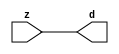

//------> ./rtl_mgc_ioport.v 
//------------------------------------------------------------------
//                M G C _ I O P O R T _ C O M P S
//------------------------------------------------------------------

//------------------------------------------------------------------
//                       M O D U L E S
//------------------------------------------------------------------

//------------------------------------------------------------------
//-- INPUT ENTITIES
//------------------------------------------------------------------

module mgc_in_wire (d, z);

  parameter integer rscid = 1;
  parameter integer width = 8;

  output [width-1:0] d;
  input  [width-1:0] z;

  wire   [width-1:0] d;

  assign d = z;

endmodule

//------------------------------------------------------------------

module mgc_in_wire_en (ld, d, lz, z);

  parameter integer rscid = 1;
  parameter integer width = 8;

  input              ld;
  output [width-1:0] d;
  output             lz;
  input  [width-1:0] z;

  wire   [width-1:0] d;
  wire               lz;

  assign d = z;
  assign lz = ld;

endmodule

//------------------------------------------------------------------

module mgc_in_wire_wait (ld, vd, d, lz, vz, z);

  parameter integer rscid = 1;
  parameter integer width = 8;

  input              ld;
  output             vd;
  output [width-1:0] d;
  output             lz;
  input              vz;
  input  [width-1:0] z;

  wire               vd;
  wire   [width-1:0] d;
  wire               lz;

  assign d = z;
  assign lz = ld;
  assign vd = vz;

endmodule
//------------------------------------------------------------------

module mgc_chan_in (ld, vd, d, lz, vz, z, size, req_size, sizez, sizelz);

  parameter integer rscid = 1;
  parameter integer width = 8;
  parameter integer sz_width = 8;

  input              ld;
  output             vd;
  output [width-1:0] d;
  output             lz;
  input              vz;
  input  [width-1:0] z;
  output [sz_width-1:0] size;
  input              req_size;
  input  [sz_width-1:0] sizez;
  output             sizelz;


  wire               vd;
  wire   [width-1:0] d;
  wire               lz;
  wire   [sz_width-1:0] size;
  wire               sizelz;

  assign d = z;
  assign lz = ld;
  assign vd = vz;
  assign size = sizez;
  assign sizelz = req_size;

endmodule


//------------------------------------------------------------------
//-- OUTPUT ENTITIES
//------------------------------------------------------------------

module mgc_out_stdreg (d, z);

  parameter integer rscid = 1;
  parameter integer width = 8;

  input    [width-1:0] d;
  output   [width-1:0] z;

  wire     [width-1:0] z;

  assign z = d;

endmodule

//------------------------------------------------------------------

module mgc_out_stdreg_en (ld, d, lz, z);

  parameter integer rscid = 1;
  parameter integer width = 8;

  input              ld;
  input  [width-1:0] d;
  output             lz;
  output [width-1:0] z;

  wire               lz;
  wire   [width-1:0] z;

  assign z = d;
  assign lz = ld;

endmodule

//------------------------------------------------------------------

module mgc_out_stdreg_wait (ld, vd, d, lz, vz, z);

  parameter integer rscid = 1;
  parameter integer width = 8;

  input              ld;
  output             vd;
  input  [width-1:0] d;
  output             lz;
  input              vz;
  output [width-1:0] z;

  wire               vd;
  wire               lz;
  wire   [width-1:0] z;

  assign z = d;
  assign lz = ld;
  assign vd = vz;

endmodule

//------------------------------------------------------------------

module mgc_out_prereg_en (ld, d, lz, z);

    parameter integer rscid = 1;
    parameter integer width = 8;

    input              ld;
    input  [width-1:0] d;
    output             lz;
    output [width-1:0] z;

    wire               lz;
    wire   [width-1:0] z;

    assign z = d;
    assign lz = ld;

endmodule

//------------------------------------------------------------------
//-- INOUT ENTITIES
//------------------------------------------------------------------

module mgc_inout_stdreg_en (ldin, din, ldout, dout, lzin, lzout, z);

    parameter integer rscid = 1;
    parameter integer width = 8;

    input              ldin;
    output [width-1:0] din;
    input              ldout;
    input  [width-1:0] dout;
    output             lzin;
    output             lzout;
    inout  [width-1:0] z;

    wire   [width-1:0] din;
    wire               lzin;
    wire               lzout;
    wire   [width-1:0] z;

    assign lzin = ldin;
    assign din = ldin ? z : {width{1'bz}};
    assign lzout = ldout;
    assign z = ldout ? dout : {width{1'bz}};

endmodule

//------------------------------------------------------------------
module hid_tribuf( I_SIG, ENABLE, O_SIG);
  parameter integer width = 8;

  input [width-1:0] I_SIG;
  input ENABLE;
  inout [width-1:0] O_SIG;

  assign O_SIG = (ENABLE) ? I_SIG : { width{1'bz}};

endmodule
//------------------------------------------------------------------

module mgc_inout_stdreg_wait (ldin, vdin, din, ldout, vdout, dout, lzin, vzin, lzout, vzout, z);

    parameter integer rscid = 1;
    parameter integer width = 8;

    input              ldin;
    output             vdin;
    output [width-1:0] din;
    input              ldout;
    output             vdout;
    input  [width-1:0] dout;
    output             lzin;
    input              vzin;
    output             lzout;
    input              vzout;
    inout  [width-1:0] z;

    wire               vdin;
    wire   [width-1:0] din;
    wire               vdout;
    wire               lzin;
    wire               lzout;
    wire   [width-1:0] z;
    wire   ldout_and_vzout;

    assign lzin = ldin;
    assign vdin = vzin;
    assign din = ldin ? z : {width{1'bz}};
    assign lzout = ldout;
    assign vdout = vzout ;
    assign ldout_and_vzout = ldout && vzout ;

    hid_tribuf #(width) tb( .I_SIG(dout),
                            .ENABLE(ldout_and_vzout),
                            .O_SIG(z) );

endmodule

//------------------------------------------------------------------

module mgc_inout_buf_wait (clk, en, arst, srst, ldin, vdin, din, ldout, vdout, dout, lzin, vzin, lzout, vzout, z);

    parameter integer rscid   = 0; // resource ID
    parameter integer width   = 8; // fifo width
    parameter         ph_clk  =  1'b1; // clock polarity 1=rising edge, 0=falling edge
    parameter         ph_en   =  1'b1; // clock enable polarity
    parameter         ph_arst =  1'b1; // async reset polarity
    parameter         ph_srst =  1'b1; // sync reset polarity

    input              clk;
    input              en;
    input              arst;
    input              srst;
    input              ldin;
    output             vdin;
    output [width-1:0] din;
    input              ldout;
    output             vdout;
    input  [width-1:0] dout;
    output             lzin;
    input              vzin;
    output             lzout;
    input              vzout;
    inout  [width-1:0] z;

    wire               lzout_buf;
    wire               vzout_buf;
    wire   [width-1:0] z_buf;
    wire               vdin;
    wire   [width-1:0] din;
    wire               vdout;
    wire               lzin;
    wire               lzout;
    wire   [width-1:0] z;

    assign lzin = ldin;
    assign vdin = vzin;
    assign din = ldin ? z : {width{1'bz}};
    assign lzout = lzout_buf & ~ldin;
    assign vzout_buf = vzout & ~ldin;
    hid_tribuf #(width) tb( .I_SIG(z_buf),
                            .ENABLE((lzout_buf && (!ldin) && vzout) ),
                            .O_SIG(z)  );

    mgc_out_buf_wait
    #(
        .rscid   (rscid),
        .width   (width),
        .ph_clk  (ph_clk),
        .ph_en   (ph_en),
        .ph_arst (ph_arst),
        .ph_srst (ph_srst)
    )
    BUFF
    (
        .clk     (clk),
        .en      (en),
        .arst    (arst),
        .srst    (srst),
        .ld      (ldout),
        .vd      (vdout),
        .d       (dout),
        .lz      (lzout_buf),
        .vz      (vzout_buf),
        .z       (z_buf)
    );


endmodule

module mgc_inout_fifo_wait (clk, en, arst, srst, ldin, vdin, din, ldout, vdout, dout, lzin, vzin, lzout, vzout, z);

    parameter integer rscid   = 0; // resource ID
    parameter integer width   = 8; // fifo width
    parameter integer fifo_sz = 8; // fifo depth
    parameter         ph_clk  = 1'b1;  // clock polarity 1=rising edge, 0=falling edge
    parameter         ph_en   = 1'b1;  // clock enable polarity
    parameter         ph_arst = 1'b1;  // async reset polarity
    parameter         ph_srst = 1'b1;  // sync reset polarity
    parameter integer ph_log2 = 3;     // log2(fifo_sz)
    parameter integer pwropt  = 0;     // pwropt

    input              clk;
    input              en;
    input              arst;
    input              srst;
    input              ldin;
    output             vdin;
    output [width-1:0] din;
    input              ldout;
    output             vdout;
    input  [width-1:0] dout;
    output             lzin;
    input              vzin;
    output             lzout;
    input              vzout;
    inout  [width-1:0] z;

    wire               lzout_buf;
    wire               vzout_buf;
    wire   [width-1:0] z_buf;
    wire               comb;
    wire               vdin;
    wire   [width-1:0] din;
    wire               vdout;
    wire               lzin;
    wire               lzout;
    wire   [width-1:0] z;

    assign lzin = ldin;
    assign vdin = vzin;
    assign din = ldin ? z : {width{1'bz}};
    assign lzout = lzout_buf & ~ldin;
    assign vzout_buf = vzout & ~ldin;
    assign comb = (lzout_buf && (!ldin) && vzout);

    hid_tribuf #(width) tb2( .I_SIG(z_buf), .ENABLE(comb), .O_SIG(z)  );

    mgc_out_fifo_wait
    #(
        .rscid   (rscid),
        .width   (width),
        .fifo_sz (fifo_sz),
        .ph_clk  (ph_clk),
        .ph_en   (ph_en),
        .ph_arst (ph_arst),
        .ph_srst (ph_srst),
        .ph_log2 (ph_log2),
        .pwropt  (pwropt)
    )
    FIFO
    (
        .clk   (clk),
        .en      (en),
        .arst    (arst),
        .srst    (srst),
        .ld      (ldout),
        .vd      (vdout),
        .d       (dout),
        .lz      (lzout_buf),
        .vz      (vzout_buf),
        .z       (z_buf)
    );

endmodule

//------------------------------------------------------------------
//-- I/O SYNCHRONIZATION ENTITIES
//------------------------------------------------------------------

module mgc_io_sync (ld, lz);

    input  ld;
    output lz;

    assign lz = ld;

endmodule

module mgc_bsync_rdy (rd, rz);

    parameter integer rscid   = 0; // resource ID
    parameter ready = 1;
    parameter valid = 0;

    input  rd;
    output rz;

    wire   rz;

    assign rz = rd;

endmodule

module mgc_bsync_vld (vd, vz);

    parameter integer rscid   = 0; // resource ID
    parameter ready = 0;
    parameter valid = 1;

    output vd;
    input  vz;

    wire   vd;

    assign vd = vz;

endmodule

module mgc_bsync_rv (rd, vd, rz, vz);

    parameter integer rscid   = 0; // resource ID
    parameter ready = 1;
    parameter valid = 1;

    input  rd;
    output vd;
    output rz;
    input  vz;

    wire   vd;
    wire   rz;

    assign rz = rd;
    assign vd = vz;

endmodule

//------------------------------------------------------------------

module mgc_sync (ldin, vdin, ldout, vdout);

  input  ldin;
  output vdin;
  input  ldout;
  output vdout;

  wire   vdin;
  wire   vdout;

  assign vdin = ldout;
  assign vdout = ldin;

endmodule

///////////////////////////////////////////////////////////////////////////////
// dummy function used to preserve funccalls for modulario
// it looks like a memory read to the caller
///////////////////////////////////////////////////////////////////////////////
module funccall_inout (d, ad, bd, z, az, bz);

  parameter integer ram_id = 1;
  parameter integer width = 8;
  parameter integer addr_width = 8;

  output [width-1:0]       d;
  input  [addr_width-1:0]  ad;
  input                    bd;
  input  [width-1:0]       z;
  output [addr_width-1:0]  az;
  output                   bz;

  wire   [width-1:0]       d;
  wire   [addr_width-1:0]  az;
  wire                     bz;

  assign d  = z;
  assign az = ad;
  assign bz = bd;

endmodule


///////////////////////////////////////////////////////////////////////////////
// inlinable modular io not otherwise found in mgc_ioport
///////////////////////////////////////////////////////////////////////////////

module modulario_en_in (vd, d, vz, z);

  parameter integer rscid = 1;
  parameter integer width = 8;

  output             vd;
  output [width-1:0] d;
  input              vz;
  input  [width-1:0] z;

  wire   [width-1:0] d;
  wire               vd;

  assign d = z;
  assign vd = vz;

endmodule

//------> ./rtl_mgc_ioport_v2001.v 
//------------------------------------------------------------------

module mgc_out_reg_pos (clk, en, arst, srst, ld, d, lz, z);

    parameter integer rscid   = 1;
    parameter integer width   = 8;
    parameter         ph_en   =  1'b1;
    parameter         ph_arst =  1'b1;
    parameter         ph_srst =  1'b1;

    input              clk;
    input              en;
    input              arst;
    input              srst;
    input              ld;
    input  [width-1:0] d;
    output             lz;
    output [width-1:0] z;

    reg                lz;
    reg    [width-1:0] z;

    generate
    if (ph_arst == 1'b0)
    begin: NEG_ARST
        always @(posedge clk or negedge arst)
        if (arst == 1'b0)
        begin: B1
            lz <= 1'b0;
            z  <= {width{1'b0}};
        end
        else if (srst == ph_srst)
        begin: B2
            lz <= 1'b0;
            z  <= {width{1'b0}};
        end
        else if (en == ph_en)
        begin: B3
            lz <= ld;
            z  <= (ld) ? d : z;
        end
    end
    else
    begin: POS_ARST
        always @(posedge clk or posedge arst)
        if (arst == 1'b1)
        begin: B1
            lz <= 1'b0;
            z  <= {width{1'b0}};
        end
        else if (srst == ph_srst)
        begin: B2
            lz <= 1'b0;
            z  <= {width{1'b0}};
        end
        else if (en == ph_en)
        begin: B3
            lz <= ld;
            z  <= (ld) ? d : z;
        end
    end
    endgenerate

endmodule

//------------------------------------------------------------------

module mgc_out_reg_neg (clk, en, arst, srst, ld, d, lz, z);

    parameter integer rscid   = 1;
    parameter integer width   = 8;
    parameter         ph_en   =  1'b1;
    parameter         ph_arst =  1'b1;
    parameter         ph_srst =  1'b1;

    input              clk;
    input              en;
    input              arst;
    input              srst;
    input              ld;
    input  [width-1:0] d;
    output             lz;
    output [width-1:0] z;

    reg                lz;
    reg    [width-1:0] z;

    generate
    if (ph_arst == 1'b0)
    begin: NEG_ARST
        always @(negedge clk or negedge arst)
        if (arst == 1'b0)
        begin: B1
            lz <= 1'b0;
            z  <= {width{1'b0}};
        end
        else if (srst == ph_srst)
        begin: B2
            lz <= 1'b0;
            z  <= {width{1'b0}};
        end
        else if (en == ph_en)
        begin: B3
            lz <= ld;
            z  <= (ld) ? d : z;
        end
    end
    else
    begin: POS_ARST
        always @(negedge clk or posedge arst)
        if (arst == 1'b1)
        begin: B1
            lz <= 1'b0;
            z  <= {width{1'b0}};
        end
        else if (srst == ph_srst)
        begin: B2
            lz <= 1'b0;
            z  <= {width{1'b0}};
        end
        else if (en == ph_en)
        begin: B3
            lz <= ld;
            z  <= (ld) ? d : z;
        end
    end
    endgenerate

endmodule

//------------------------------------------------------------------

module mgc_out_reg (clk, en, arst, srst, ld, d, lz, z); // Not Supported

    parameter integer rscid   = 1;
    parameter integer width   = 8;
    parameter         ph_clk  =  1'b1;
    parameter         ph_en   =  1'b1;
    parameter         ph_arst =  1'b1;
    parameter         ph_srst =  1'b1;

    input              clk;
    input              en;
    input              arst;
    input              srst;
    input              ld;
    input  [width-1:0] d;
    output             lz;
    output [width-1:0] z;


    generate
    if (ph_clk == 1'b0)
    begin: NEG_EDGE

        mgc_out_reg_neg
        #(
            .rscid   (rscid),
            .width   (width),
            .ph_en   (ph_en),
            .ph_arst (ph_arst),
            .ph_srst (ph_srst)
        )
        mgc_out_reg_neg_inst
        (
            .clk     (clk),
            .en      (en),
            .arst    (arst),
            .srst    (srst),
            .ld      (ld),
            .d       (d),
            .lz      (lz),
            .z       (z)
        );

    end
    else
    begin: POS_EDGE

        mgc_out_reg_pos
        #(
            .rscid   (rscid),
            .width   (width),
            .ph_en   (ph_en),
            .ph_arst (ph_arst),
            .ph_srst (ph_srst)
        )
        mgc_out_reg_pos_inst
        (
            .clk     (clk),
            .en      (en),
            .arst    (arst),
            .srst    (srst),
            .ld      (ld),
            .d       (d),
            .lz      (lz),
            .z       (z)
        );

    end
    endgenerate

endmodule




//------------------------------------------------------------------

module mgc_out_buf_wait (clk, en, arst, srst, ld, vd, d, vz, lz, z); // Not supported

    parameter integer rscid   = 1;
    parameter integer width   = 8;
    parameter         ph_clk  =  1'b1;
    parameter         ph_en   =  1'b1;
    parameter         ph_arst =  1'b1;
    parameter         ph_srst =  1'b1;

    input              clk;
    input              en;
    input              arst;
    input              srst;
    input              ld;
    output             vd;
    input  [width-1:0] d;
    output             lz;
    input              vz;
    output [width-1:0] z;

    wire               filled;
    wire               filled_next;
    wire   [width-1:0] abuf;
    wire               lbuf;


    assign filled_next = (filled & (~vz)) | (filled & ld) | (ld & (~vz));

    assign lbuf = ld & ~(filled ^ vz);

    assign vd = vz | ~filled;

    assign lz = ld | filled;

    assign z = (filled) ? abuf : d;

    wire dummy;
    wire dummy_bufreg_lz;

    // Output registers:
    mgc_out_reg
    #(
        .rscid   (rscid),
        .width   (1'b1),
        .ph_clk  (ph_clk),
        .ph_en   (ph_en),
        .ph_arst (ph_arst),
        .ph_srst (ph_srst)
    )
    STATREG
    (
        .clk     (clk),
        .en      (en),
        .arst    (arst),
        .srst    (srst),
        .ld      (filled_next),
        .d       (1'b0),       // input d is unused
        .lz      (filled),
        .z       (dummy)            // output z is unused
    );

    mgc_out_reg
    #(
        .rscid   (rscid),
        .width   (width),
        .ph_clk  (ph_clk),
        .ph_en   (ph_en),
        .ph_arst (ph_arst),
        .ph_srst (ph_srst)
    )
    BUFREG
    (
        .clk     (clk),
        .en      (en),
        .arst    (arst),
        .srst    (srst),
        .ld      (lbuf),
        .d       (d),
        .lz      (dummy_bufreg_lz),
        .z       (abuf)
    );

endmodule

//------------------------------------------------------------------

module mgc_out_fifo_wait (clk, en, arst, srst, ld, vd, d, lz, vz,  z);

    parameter integer rscid   = 0; // resource ID
    parameter integer width   = 8; // fifo width
    parameter integer fifo_sz = 8; // fifo depth
    parameter         ph_clk  = 1'b1; // clock polarity 1=rising edge, 0=falling edge
    parameter         ph_en   = 1'b1; // clock enable polarity
    parameter         ph_arst = 1'b1; // async reset polarity
    parameter         ph_srst = 1'b1; // sync reset polarity
    parameter integer ph_log2 = 3; // log2(fifo_sz)
    parameter integer pwropt  = 0; // pwropt


    input                 clk;
    input                 en;
    input                 arst;
    input                 srst;
    input                 ld;    // load data
    output                vd;    // fifo full active low
    input     [width-1:0] d;
    output                lz;    // fifo ready to send
    input                 vz;    // dest ready for data
    output    [width-1:0] z;

    wire    [31:0]      size;


      // Output registers:
 mgc_out_fifo_wait_core#(
        .rscid   (rscid),
        .width   (width),
        .sz_width (32),
        .fifo_sz (fifo_sz),
        .ph_clk  (ph_clk),
        .ph_en   (ph_en),
        .ph_arst (ph_arst),
        .ph_srst (ph_srst),
        .ph_log2 (ph_log2),
        .pwropt  (pwropt)
        ) CORE (
        .clk (clk),
        .en (en),
        .arst (arst),
        .srst (srst),
        .ld (ld),
        .vd (vd),
        .d (d),
        .lz (lz),
        .vz (vz),
        .z (z),
        .size (size)
        );

endmodule



module mgc_out_fifo_wait_core (clk, en, arst, srst, ld, vd, d, lz, vz,  z, size);

    parameter integer rscid   = 0; // resource ID
    parameter integer width   = 8; // fifo width
    parameter integer sz_width = 8; // size of port for elements in fifo
    parameter integer fifo_sz = 8; // fifo depth
    parameter         ph_clk  =  1'b1; // clock polarity 1=rising edge, 0=falling edge
    parameter         ph_en   =  1'b1; // clock enable polarity
    parameter         ph_arst =  1'b1; // async reset polarity
    parameter         ph_srst =  1'b1; // sync reset polarity
    parameter integer ph_log2 = 3; // log2(fifo_sz)
    parameter integer pwropt  = 0; // pwropt

   localparam integer  fifo_b = width * fifo_sz;

    input                 clk;
    input                 en;
    input                 arst;
    input                 srst;
    input                 ld;    // load data
    output                vd;    // fifo full active low
    input     [width-1:0] d;
    output                lz;    // fifo ready to send
    input                 vz;    // dest ready for data
    output    [width-1:0] z;
    output    [sz_width-1:0]      size;

    reg      [( (fifo_sz > 0) ? fifo_sz : 1)-1:0] stat_pre;
    wire     [( (fifo_sz > 0) ? fifo_sz : 1)-1:0] stat;
    reg      [( (fifo_b > 0) ? fifo_b : 1)-1:0] buff_pre;
    wire     [( (fifo_b > 0) ? fifo_b : 1)-1:0] buff;
    reg      [( (fifo_sz > 0) ? fifo_sz : 1)-1:0] en_l;
    reg      [(((fifo_sz > 0) ? fifo_sz : 1)-1)/8:0] en_l_s;

    reg       [width-1:0] buff_nxt;

    reg                   stat_nxt;
    reg                   stat_before;
    reg                   stat_after;
    reg                   en_l_var;

    integer               i;
    genvar                eni;

    wire [32:0]           size_t;
    reg [31:0]            count;
    reg [31:0]            count_t;
    reg [32:0]            n_elem;
// pragma translate_off
    reg [31:0]            peak;
// pragma translate_on

    wire [( (fifo_sz > 0) ? fifo_sz : 1)-1:0] dummy_statreg_lz;
    wire [( (fifo_b > 0) ? fifo_b : 1)-1:0] dummy_bufreg_lz;

    generate
    if ( fifo_sz > 0 )
    begin: FIFO_REG
      assign vd = vz | ~stat[0];
      assign lz = ld | stat[fifo_sz-1];
      assign size_t = (count - (vz && stat[fifo_sz-1])) + ld;
      assign size = size_t[sz_width-1:0];
      assign z = (stat[fifo_sz-1]) ? buff[fifo_b-1:width*(fifo_sz-1)] : d;

      always @(*)
      begin: FIFOPROC
        n_elem = 33'b0;
        for (i = fifo_sz-1; i >= 0; i = i - 1)
        begin
          if (i != 0)
            stat_before = stat[i-1];
          else
            stat_before = 1'b0;

          if (i != (fifo_sz-1))
            stat_after = stat[i+1];
          else
            stat_after = 1'b1;

          stat_nxt = stat_after &
                    (stat_before | (stat[i] & (~vz)) | (stat[i] & ld) | (ld & (~vz)));

          stat_pre[i] = stat_nxt;
          en_l_var = 1'b1;
          if (!stat_nxt)
            begin
              buff_nxt = {width{1'b0}};
              en_l_var = 1'b0;
            end
          else if (vz && stat_before)
            buff_nxt[0+:width] = buff[width*(i-1)+:width];
          else if (ld && !((vz && stat_before) || ((!vz) && stat[i])))
            buff_nxt = d;
          else
            begin
              if (pwropt == 0)
                buff_nxt[0+:width] = buff[width*i+:width];
              else
                buff_nxt = {width{1'b0}};
              en_l_var = 1'b0;
            end

          if (ph_en != 0)
            en_l[i] = en & en_l_var;
          else
            en_l[i] = en | ~en_l_var;

          buff_pre[width*i+:width] = buff_nxt[0+:width];

          if ((stat_after == 1'b1) && (stat[i] == 1'b0))
            n_elem = ($unsigned(fifo_sz) - 1) - i;
        end

        if (ph_en != 0)
          en_l_s[(((fifo_sz > 0) ? fifo_sz : 1)-1)/8] = 1'b1;
        else
          en_l_s[(((fifo_sz > 0) ? fifo_sz : 1)-1)/8] = 1'b0;

        for (i = fifo_sz-1; i >= 7; i = i - 1)
        begin
          if ((i%'d2) == 0)
          begin
            if (ph_en != 0)
              en_l_s[(i/8)-1] = en & (stat[i]|stat_pre[i-1]);
            else
              en_l_s[(i/8)-1] = en | ~(stat[i]|stat_pre[i-1]);
          end
        end

        if ( stat[fifo_sz-1] == 1'b0 )
          count_t = 32'b0;
        else if ( stat[0] == 1'b1 )
          count_t = { {(32-ph_log2){1'b0}}, fifo_sz};
        else
          count_t = n_elem[31:0];
        count = count_t;
// pragma translate_off
        if ( peak < count )
          peak = count;
// pragma translate_on
      end

      if (pwropt == 0)
      begin: NOCGFIFO
        // Output registers:
        mgc_out_reg
        #(
            .rscid   (rscid),
            .width   (fifo_sz),
            .ph_clk  (ph_clk),
            .ph_en   (ph_en),
            .ph_arst (ph_arst),
            .ph_srst (ph_srst)
        )
        STATREG
        (
            .clk     (clk),
            .en      (en),
            .arst    (arst),
            .srst    (srst),
            .ld      (1'b1),
            .d       (stat_pre),
            .lz      (dummy_statreg_lz[0]),
            .z       (stat)
        );
        mgc_out_reg
        #(
            .rscid   (rscid),
            .width   (fifo_b),
            .ph_clk  (ph_clk),
            .ph_en   (ph_en),
            .ph_arst (ph_arst),
            .ph_srst (ph_srst)
        )
        BUFREG
        (
            .clk     (clk),
            .en      (en),
            .arst    (arst),
            .srst    (srst),
            .ld      (1'b1),
            .d       (buff_pre),
            .lz      (dummy_bufreg_lz[0]),
            .z       (buff)
        );
      end
      else
      begin: CGFIFO
        // Output registers:
        if ( pwropt > 1)
        begin: CGSTATFIFO2
          for (eni = fifo_sz-1; eni >= 0; eni = eni - 1)
          begin: pwroptGEN1
            mgc_out_reg
            #(
              .rscid   (rscid),
              .width   (1),
              .ph_clk  (ph_clk),
              .ph_en   (ph_en),
              .ph_arst (ph_arst),
              .ph_srst (ph_srst)
            )
            STATREG
            (
              .clk     (clk),
              .en      (en_l_s[eni/8]),
              .arst    (arst),
              .srst    (srst),
              .ld      (1'b1),
              .d       (stat_pre[eni]),
              .lz      (dummy_statreg_lz[eni]),
              .z       (stat[eni])
            );
          end
        end
        else
        begin: CGSTATFIFO
          mgc_out_reg
          #(
            .rscid   (rscid),
            .width   (fifo_sz),
            .ph_clk  (ph_clk),
            .ph_en   (ph_en),
            .ph_arst (ph_arst),
            .ph_srst (ph_srst)
          )
          STATREG
          (
            .clk     (clk),
            .en      (en),
            .arst    (arst),
            .srst    (srst),
            .ld      (1'b1),
            .d       (stat_pre),
            .lz      (dummy_statreg_lz[0]),
            .z       (stat)
          );
        end
        for (eni = fifo_sz-1; eni >= 0; eni = eni - 1)
        begin: pwroptGEN2
          mgc_out_reg
          #(
            .rscid   (rscid),
            .width   (width),
            .ph_clk  (ph_clk),
            .ph_en   (ph_en),
            .ph_arst (ph_arst),
            .ph_srst (ph_srst)
          )
          BUFREG
          (
            .clk     (clk),
            .en      (en_l[eni]),
            .arst    (arst),
            .srst    (srst),
            .ld      (1'b1),
            .d       (buff_pre[width*eni+:width]),
            .lz      (dummy_bufreg_lz[eni]),
            .z       (buff[width*eni+:width])
          );
        end
      end
    end
    else
    begin: FEED_THRU
      assign vd = vz;
      assign lz = ld;
      assign z = d;
      assign size = ld && !vz;
    end
    endgenerate

endmodule

//------------------------------------------------------------------
//-- PIPE ENTITIES
//------------------------------------------------------------------
/*
 *
 *             _______________________________________________
 * WRITER    |                                               |          READER
 *           |           MGC_PIPE                            |
 *           |           __________________________          |
 *        --<| vdout  --<| vd ---------------  vz<|-----ldin<|---
 *           |           |      FIFO              |          |
 *        ---|>ldout  ---|>ld ---------------- lz |> ---vdin |>--
 *        ---|>dout -----|>d  ---------------- dz |> ----din |>--
 *           |           |________________________|          |
 *           |_______________________________________________|
 */
// two clock pipe
module mgc_pipe (clk, en, arst, srst, ldin, vdin, din, ldout, vdout, dout, size, req_size);

    parameter integer rscid   = 0; // resource ID
    parameter integer width   = 8; // fifo width
    parameter integer sz_width = 8; // width of size of elements in fifo
    parameter integer fifo_sz = 8; // fifo depth
    parameter integer log2_sz = 3; // log2(fifo_sz)
    parameter         ph_clk  = 1'b1;  // clock polarity 1=rising edge, 0=falling edge
    parameter         ph_en   = 1'b1;  // clock enable polarity
    parameter         ph_arst = 1'b1;  // async reset polarity
    parameter         ph_srst = 1'b1;  // sync reset polarity
    parameter integer pwropt  = 0; // pwropt

    input              clk;
    input              en;
    input              arst;
    input              srst;
    input              ldin;
    output             vdin;
    output [width-1:0] din;
    input              ldout;
    output             vdout;
    input  [width-1:0] dout;
    output [sz_width-1:0]      size;
    input              req_size;


    mgc_out_fifo_wait_core
    #(
        .rscid    (rscid),
        .width    (width),
        .sz_width (sz_width),
        .fifo_sz  (fifo_sz),
        .ph_clk   (ph_clk),
        .ph_en    (ph_en),
        .ph_arst  (ph_arst),
        .ph_srst  (ph_srst),
        .ph_log2  (log2_sz),
        .pwropt   (pwropt)
    )
    FIFO
    (
        .clk     (clk),
        .en      (en),
        .arst    (arst),
        .srst    (srst),
        .ld      (ldout),
        .vd      (vdout),
        .d       (dout),
        .lz      (vdin),
        .vz      (ldin),
        .z       (din),
        .size    (size)
    );

endmodule


//------> ./rtl.v 
// ----------------------------------------------------------------------
//  HLS HDL:        Verilog Netlister
//  HLS Version:    2011a.126 Production Release
//  HLS Date:       Wed Aug  8 00:52:07 PDT 2012
// 
//  Generated by:   mg3115@EEWS104A-013
//  Generated date: Tue Mar 08 13:49:49 2016
// ----------------------------------------------------------------------

// 
// ------------------------------------------------------------------
//  Design Unit:    sobel_core
// ------------------------------------------------------------------


module sobel_core (
  clk, en, arst_n, vin_rsc_mgc_in_wire_d, vout_rsc_mgc_out_stdreg_d
);
  input clk;
  input en;
  input arst_n;
  input [89:0] vin_rsc_mgc_in_wire_d;
  output [29:0] vout_rsc_mgc_out_stdreg_d;


  // Interconnect Declarations
  reg [89:0] regs_regs_1_sva;
  reg [9:0] ACC1_slc_regs_regs_2_itm;
  reg [9:0] ACC1_slc_regs_regs_2_9_itm;
  reg [9:0] ACC1_slc_regs_regs_2_10_itm;
  reg [9:0] ACC1_slc_regs_regs_2_11_itm;
  reg [9:0] ACC1_slc_regs_regs_2_12_itm;
  reg [9:0] ACC1_slc_regs_regs_2_13_itm;
  reg [9:0] ACC1_slc_regs_regs_2_14_itm;
  reg [9:0] ACC1_slc_regs_regs_2_15_itm;
  reg [9:0] ACC1_slc_regs_regs_2_16_itm;
  reg [9:0] reg_vout_rsc_mgc_out_stdreg_d_tmp;
  wire [11:0] nl_reg_vout_rsc_mgc_out_stdreg_d_tmp;
  reg [3:0] reg_vout_rsc_mgc_out_stdreg_d_tmp_1;
  reg [4:0] reg_vout_rsc_mgc_out_stdreg_d_tmp_2;
  reg reg_vout_rsc_mgc_out_stdreg_d_tmp_3;
  reg [8:0] reg_vout_rsc_mgc_out_stdreg_d_tmp_4;
  reg reg_vout_rsc_mgc_out_stdreg_d_tmp_5;
  wire [12:0] ACC1_acc_psp_sva;
  wire [13:0] nl_ACC1_acc_psp_sva;
  wire [6:0] FRAME_acc_41_sdt;
  wire [7:0] nl_FRAME_acc_41_sdt;
  wire [11:0] FRAME_acc_psp;
  wire [12:0] nl_FRAME_acc_psp;
  wire [11:0] FRAME_acc_24_sdt;
  wire [12:0] nl_FRAME_acc_24_sdt;
  wire [11:0] FRAME_acc_61_psp;
  wire [12:0] nl_FRAME_acc_61_psp;
  wire [11:0] FRAME_acc_37_sdt;
  wire [12:0] nl_FRAME_acc_37_sdt;
  wire [4:0] FRAME_acc_47_psp;
  wire [5:0] nl_FRAME_acc_47_psp;
  wire [5:0] FRAME_acc_13_sdt;
  wire [6:0] nl_FRAME_acc_13_sdt;
  wire [12:0] ACC1_acc_43_psp_sva;
  wire [13:0] nl_ACC1_acc_43_psp_sva;
  wire [4:0] FRAME_acc_55_psp;
  wire [5:0] nl_FRAME_acc_55_psp;
  wire [5:0] FRAME_acc_31_sdt;
  wire [6:0] nl_FRAME_acc_31_sdt;
  wire [12:0] ACC1_acc_42_psp_sva;
  wire [13:0] nl_ACC1_acc_42_psp_sva;
  wire [4:0] FRAME_acc_49_psp;
  wire [5:0] nl_FRAME_acc_49_psp;
  wire [5:0] FRAME_acc_18_sdt;
  wire [6:0] nl_FRAME_acc_18_sdt;


  // Interconnect Declarations for Component Instantiations 
  assign vout_rsc_mgc_out_stdreg_d = {reg_vout_rsc_mgc_out_stdreg_d_tmp , reg_vout_rsc_mgc_out_stdreg_d_tmp_1
      , reg_vout_rsc_mgc_out_stdreg_d_tmp_2 , reg_vout_rsc_mgc_out_stdreg_d_tmp_3
      , reg_vout_rsc_mgc_out_stdreg_d_tmp_4 , reg_vout_rsc_mgc_out_stdreg_d_tmp_5};
  assign nl_ACC1_acc_psp_sva = conv_s2s_12_13(readslicef_13_12_1((conv_s2s_12_13({(readslicef_12_11_1((conv_s2s_11_12({ACC1_slc_regs_regs_2_itm
      , 1'b1}) + conv_s2s_11_12({ACC1_slc_regs_regs_2_9_itm , 1'b1})))) , 1'b1})
      + conv_s2s_12_13({(readslicef_12_11_1((conv_s2s_11_12({(~ (vin_rsc_mgc_in_wire_d[29:20]))
      , 1'b1}) + conv_s2s_11_12({(~ (vin_rsc_mgc_in_wire_d[89:80])) , 1'b1})))) ,
      1'b1})))) + conv_s2s_12_13({(conv_s2u_10_11(ACC1_slc_regs_regs_2_10_itm) +
      conv_s2u_10_11(~ (vin_rsc_mgc_in_wire_d[59:50]))) , 1'b1});
  assign ACC1_acc_psp_sva = nl_ACC1_acc_psp_sva[12:0];
  assign nl_FRAME_acc_41_sdt = conv_s2s_5_7(readslicef_6_5_1((conv_s2s_5_6({1'b1
      , (~ (ACC1_acc_psp_sva[8:6])) , 1'b1}) + conv_s2s_4_6({(FRAME_acc_47_psp[4:2])
      , (~ (readslicef_5_1_4((({1'b1 , (FRAME_acc_47_psp[1:0]) , (FRAME_acc_13_sdt[0])
      , 1'b1}) + conv_u2s_4_5({(~ (FRAME_acc_47_psp[4:2])) , (~ (FRAME_acc_47_psp[4]))})))))}))))
      + conv_u2s_5_7(signext_5_3({(ACC1_acc_psp_sva[12]) , (ACC1_acc_psp_sva[12])
      , (FRAME_acc_47_psp[4])}));
  assign FRAME_acc_41_sdt = nl_FRAME_acc_41_sdt[6:0];
  assign nl_FRAME_acc_psp = ({(conv_u2u_3_4(signext_3_1(ACC1_acc_42_psp_sva[12]))
      + conv_u2u_2_4(signext_2_1(ACC1_acc_42_psp_sva[12]))) , (ACC1_acc_42_psp_sva[12])
      , 1'b0 , (conv_u2u_2_4(signext_2_1(ACC1_acc_42_psp_sva[12])) + conv_u2u_3_4({(ACC1_acc_42_psp_sva[12])
      , (ACC1_acc_42_psp_sva[12]) , (ACC1_acc_42_psp_sva[12])})) , (ACC1_acc_42_psp_sva[12])
      , (ACC1_acc_42_psp_sva[12])}) + conv_s2u_11_12(FRAME_acc_24_sdt[11:1]);
  assign FRAME_acc_psp = nl_FRAME_acc_psp[11:0];
  assign nl_FRAME_acc_24_sdt = conv_u2s_11_13(conv_u2s_22_12(conv_u2u_2_11(signext_2_1(ACC1_acc_42_psp_sva[12]))
      * 11'b111000111)) + conv_s2s_10_12(conv_u2s_9_11(conv_u2s_18_10(conv_u2u_3_9(ACC1_acc_42_psp_sva[11:9])
      * 9'b111001)) + conv_s2s_8_10(conv_u2s_6_8(ACC1_acc_42_psp_sva[8:3]) + conv_s2s_5_8((conv_u2u_4_5(conv_u2u_3_4({(~
      (FRAME_acc_49_psp[4])) , 1'b1 , (~ (readslicef_5_1_4((({1'b1 , (FRAME_acc_49_psp[1:0])
      , (FRAME_acc_18_sdt[0]) , 1'b1}) + conv_u2s_4_5({(~ (FRAME_acc_49_psp[4:2]))
      , (~ (FRAME_acc_49_psp[4]))})))))}) + conv_u2u_2_4(FRAME_acc_49_psp[3:2]))
      + conv_u2u_3_5(~ (ACC1_acc_42_psp_sva[8:6]))) + ({4'b1001 , (FRAME_acc_49_psp[4])}))));
  assign FRAME_acc_24_sdt = nl_FRAME_acc_24_sdt[11:0];
  assign nl_FRAME_acc_61_psp = ({(conv_u2u_3_4(signext_3_1(ACC1_acc_43_psp_sva[12]))
      + conv_u2u_2_4(signext_2_1(ACC1_acc_43_psp_sva[12]))) , (ACC1_acc_43_psp_sva[12])
      , 1'b0 , (conv_u2u_2_4(signext_2_1(ACC1_acc_43_psp_sva[12])) + conv_u2u_3_4({(ACC1_acc_43_psp_sva[12])
      , (ACC1_acc_43_psp_sva[12]) , (ACC1_acc_43_psp_sva[12])})) , (ACC1_acc_43_psp_sva[12])
      , (ACC1_acc_43_psp_sva[12])}) + conv_s2u_11_12(FRAME_acc_37_sdt[11:1]);
  assign FRAME_acc_61_psp = nl_FRAME_acc_61_psp[11:0];
  assign nl_FRAME_acc_37_sdt = conv_u2s_11_13(conv_u2s_22_12(conv_u2u_2_11(signext_2_1(ACC1_acc_43_psp_sva[12]))
      * 11'b111000111)) + conv_s2s_10_12(conv_u2s_9_11(conv_u2s_18_10(conv_u2u_3_9(ACC1_acc_43_psp_sva[11:9])
      * 9'b111001)) + conv_s2s_8_10(conv_u2s_6_8(ACC1_acc_43_psp_sva[8:3]) + conv_s2s_5_8((conv_u2u_4_5(conv_u2u_3_4({(~
      (FRAME_acc_55_psp[4])) , 1'b1 , (~ (readslicef_5_1_4((({1'b1 , (FRAME_acc_55_psp[1:0])
      , (FRAME_acc_31_sdt[0]) , 1'b1}) + conv_u2s_4_5({(~ (FRAME_acc_55_psp[4:2]))
      , (~ (FRAME_acc_55_psp[4]))})))))}) + conv_u2u_2_4(FRAME_acc_55_psp[3:2]))
      + conv_u2u_3_5(~ (ACC1_acc_43_psp_sva[8:6]))) + ({4'b1001 , (FRAME_acc_55_psp[4])}))));
  assign FRAME_acc_37_sdt = nl_FRAME_acc_37_sdt[11:0];
  assign nl_FRAME_acc_47_psp = (FRAME_acc_13_sdt[5:1]) + 5'b10101;
  assign FRAME_acc_47_psp = nl_FRAME_acc_47_psp[4:0];
  assign nl_FRAME_acc_13_sdt = conv_u2u_5_6(conv_u2u_4_5(conv_u2u_3_4(ACC1_acc_psp_sva[8:6])
      + conv_u2u_3_4(~ (ACC1_acc_psp_sva[11:9]))) + conv_u2u_4_5({(~ (ACC1_acc_psp_sva[12]))
      , (~ (ACC1_acc_psp_sva[5:3]))})) + conv_u2u_4_6(conv_u2u_3_4({(ACC1_acc_psp_sva[12])
      , 1'b0 , (ACC1_acc_psp_sva[12])}) + conv_u2u_3_4(ACC1_acc_psp_sva[2:0]));
  assign FRAME_acc_13_sdt = nl_FRAME_acc_13_sdt[5:0];
  assign nl_ACC1_acc_43_psp_sva = conv_s2s_12_13(readslicef_13_12_1((conv_s2s_12_13({(readslicef_12_11_1((conv_s2s_11_12({ACC1_slc_regs_regs_2_14_itm
      , 1'b1}) + conv_s2s_11_12({ACC1_slc_regs_regs_2_15_itm , 1'b1})))) , 1'b1})
      + conv_s2s_12_13({(readslicef_12_11_1((conv_s2s_11_12({(~ (vin_rsc_mgc_in_wire_d[9:0]))
      , 1'b1}) + conv_s2s_11_12({(~ (vin_rsc_mgc_in_wire_d[69:60])) , 1'b1})))) ,
      1'b1})))) + conv_s2s_12_13({(conv_s2u_10_11(ACC1_slc_regs_regs_2_16_itm) +
      conv_s2u_10_11(~ (vin_rsc_mgc_in_wire_d[39:30]))) , 1'b1});
  assign ACC1_acc_43_psp_sva = nl_ACC1_acc_43_psp_sva[12:0];
  assign nl_FRAME_acc_55_psp = (FRAME_acc_31_sdt[5:1]) + 5'b10101;
  assign FRAME_acc_55_psp = nl_FRAME_acc_55_psp[4:0];
  assign nl_FRAME_acc_31_sdt = conv_u2u_5_6(conv_u2u_4_5(conv_u2u_3_4(ACC1_acc_43_psp_sva[8:6])
      + conv_u2u_3_4(~ (ACC1_acc_43_psp_sva[11:9]))) + conv_u2u_4_5({(~ (ACC1_acc_43_psp_sva[12]))
      , (~ (ACC1_acc_43_psp_sva[5:3]))})) + conv_u2u_4_6(conv_u2u_3_4({(ACC1_acc_43_psp_sva[12])
      , 1'b0 , (ACC1_acc_43_psp_sva[12])}) + conv_u2u_3_4(ACC1_acc_43_psp_sva[2:0]));
  assign FRAME_acc_31_sdt = nl_FRAME_acc_31_sdt[5:0];
  assign nl_ACC1_acc_42_psp_sva = conv_s2s_12_13(readslicef_13_12_1((conv_s2s_12_13({(readslicef_12_11_1((conv_s2s_11_12({ACC1_slc_regs_regs_2_11_itm
      , 1'b1}) + conv_s2s_11_12({ACC1_slc_regs_regs_2_12_itm , 1'b1})))) , 1'b1})
      + conv_s2s_12_13({(readslicef_12_11_1((conv_s2s_11_12({(~ (vin_rsc_mgc_in_wire_d[19:10]))
      , 1'b1}) + conv_s2s_11_12({(~ (vin_rsc_mgc_in_wire_d[79:70])) , 1'b1})))) ,
      1'b1})))) + conv_s2s_12_13({(conv_s2u_10_11(ACC1_slc_regs_regs_2_13_itm) +
      conv_s2u_10_11(~ (vin_rsc_mgc_in_wire_d[49:40]))) , 1'b1});
  assign ACC1_acc_42_psp_sva = nl_ACC1_acc_42_psp_sva[12:0];
  assign nl_FRAME_acc_49_psp = (FRAME_acc_18_sdt[5:1]) + 5'b10101;
  assign FRAME_acc_49_psp = nl_FRAME_acc_49_psp[4:0];
  assign nl_FRAME_acc_18_sdt = conv_u2u_5_6(conv_u2u_4_5(conv_u2u_3_4(ACC1_acc_42_psp_sva[8:6])
      + conv_u2u_3_4(~ (ACC1_acc_42_psp_sva[11:9]))) + conv_u2u_4_5({(~ (ACC1_acc_42_psp_sva[12]))
      , (~ (ACC1_acc_42_psp_sva[5:3]))})) + conv_u2u_4_6(conv_u2u_3_4({(ACC1_acc_42_psp_sva[12])
      , 1'b0 , (ACC1_acc_42_psp_sva[12])}) + conv_u2u_3_4(ACC1_acc_42_psp_sva[2:0]));
  assign FRAME_acc_18_sdt = nl_FRAME_acc_18_sdt[5:0];
  always @(posedge clk or negedge arst_n) begin
    if ( ~ arst_n ) begin
      ACC1_slc_regs_regs_2_14_itm <= 10'b0;
      ACC1_slc_regs_regs_2_15_itm <= 10'b0;
      ACC1_slc_regs_regs_2_16_itm <= 10'b0;
      ACC1_slc_regs_regs_2_11_itm <= 10'b0;
      ACC1_slc_regs_regs_2_12_itm <= 10'b0;
      ACC1_slc_regs_regs_2_13_itm <= 10'b0;
      ACC1_slc_regs_regs_2_itm <= 10'b0;
      ACC1_slc_regs_regs_2_9_itm <= 10'b0;
      ACC1_slc_regs_regs_2_10_itm <= 10'b0;
      regs_regs_1_sva <= 90'b0;
      reg_vout_rsc_mgc_out_stdreg_d_tmp <= 10'b0;
      reg_vout_rsc_mgc_out_stdreg_d_tmp_1 <= 4'b0;
      reg_vout_rsc_mgc_out_stdreg_d_tmp_2 <= 5'b0;
      reg_vout_rsc_mgc_out_stdreg_d_tmp_3 <= 1'b0;
      reg_vout_rsc_mgc_out_stdreg_d_tmp_4 <= 9'b0;
      reg_vout_rsc_mgc_out_stdreg_d_tmp_5 <= 1'b0;
    end
    else begin
      if ( en ) begin
        ACC1_slc_regs_regs_2_14_itm <= regs_regs_1_sva[9:0];
        ACC1_slc_regs_regs_2_15_itm <= regs_regs_1_sva[69:60];
        ACC1_slc_regs_regs_2_16_itm <= regs_regs_1_sva[39:30];
        ACC1_slc_regs_regs_2_11_itm <= regs_regs_1_sva[19:10];
        ACC1_slc_regs_regs_2_12_itm <= regs_regs_1_sva[79:70];
        ACC1_slc_regs_regs_2_13_itm <= regs_regs_1_sva[49:40];
        ACC1_slc_regs_regs_2_itm <= regs_regs_1_sva[29:20];
        ACC1_slc_regs_regs_2_9_itm <= regs_regs_1_sva[89:80];
        ACC1_slc_regs_regs_2_10_itm <= regs_regs_1_sva[59:50];
        regs_regs_1_sva <= vin_rsc_mgc_in_wire_d;
        reg_vout_rsc_mgc_out_stdreg_d_tmp <= ((conv_u2u_20_10(conv_u2u_2_10(signext_2_1(ACC1_acc_psp_sva[12]))
            * 10'b111000111) + conv_u2u_9_10(conv_u2u_18_9(conv_u2u_3_9(ACC1_acc_psp_sva[11:9])
            * 9'b111001))) + (conv_u2s_9_10({(ACC1_acc_psp_sva[12]) , 2'b0 , (signext_6_4({(ACC1_acc_psp_sva[12])
            , (ACC1_acc_psp_sva[5:3])}))}) + conv_s2s_8_10({(conv_s2u_4_5(FRAME_acc_41_sdt[6:3])
            + conv_u2u_3_5(ACC1_acc_psp_sva[8:6])) , (FRAME_acc_41_sdt[2:0])})))
            | ({7'b0 , (FRAME_acc_psp[11:9])});
        reg_vout_rsc_mgc_out_stdreg_d_tmp_1 <= FRAME_acc_psp[8:5];
        reg_vout_rsc_mgc_out_stdreg_d_tmp_2 <= (FRAME_acc_psp[4:0]) | ({3'b0 , (FRAME_acc_61_psp[11:10])});
        reg_vout_rsc_mgc_out_stdreg_d_tmp_3 <= (FRAME_acc_24_sdt[0]) | (FRAME_acc_61_psp[9]);
        reg_vout_rsc_mgc_out_stdreg_d_tmp_4 <= FRAME_acc_61_psp[8:0];
        reg_vout_rsc_mgc_out_stdreg_d_tmp_5 <= FRAME_acc_37_sdt[0];
      end
    end
  end

  function [11:0] readslicef_13_12_1;
    input [12:0] vector;
    reg [12:0] tmp;
  begin
    tmp = vector >> 1;
    readslicef_13_12_1 = tmp[11:0];
  end
  endfunction


  function [10:0] readslicef_12_11_1;
    input [11:0] vector;
    reg [11:0] tmp;
  begin
    tmp = vector >> 1;
    readslicef_12_11_1 = tmp[10:0];
  end
  endfunction


  function [4:0] readslicef_6_5_1;
    input [5:0] vector;
    reg [5:0] tmp;
  begin
    tmp = vector >> 1;
    readslicef_6_5_1 = tmp[4:0];
  end
  endfunction


  function [0:0] readslicef_5_1_4;
    input [4:0] vector;
    reg [4:0] tmp;
  begin
    tmp = vector >> 4;
    readslicef_5_1_4 = tmp[0:0];
  end
  endfunction


  function [4:0] signext_5_3;
    input [2:0] vector;
  begin
    signext_5_3= {{2{vector[2]}}, vector};
  end
  endfunction


  function [2:0] signext_3_1;
    input [0:0] vector;
  begin
    signext_3_1= {{2{vector[0]}}, vector};
  end
  endfunction


  function [1:0] signext_2_1;
    input [0:0] vector;
  begin
    signext_2_1= {{1{vector[0]}}, vector};
  end
  endfunction


  function [5:0] signext_6_4;
    input [3:0] vector;
  begin
    signext_6_4= {{2{vector[3]}}, vector};
  end
  endfunction


  function signed [12:0] conv_s2s_12_13 ;
    input signed [11:0]  vector ;
  begin
    conv_s2s_12_13 = {vector[11], vector};
  end
  endfunction


  function signed [11:0] conv_s2s_11_12 ;
    input signed [10:0]  vector ;
  begin
    conv_s2s_11_12 = {vector[10], vector};
  end
  endfunction


  function  [10:0] conv_s2u_10_11 ;
    input signed [9:0]  vector ;
  begin
    conv_s2u_10_11 = {vector[9], vector};
  end
  endfunction


  function signed [6:0] conv_s2s_5_7 ;
    input signed [4:0]  vector ;
  begin
    conv_s2s_5_7 = {{2{vector[4]}}, vector};
  end
  endfunction


  function signed [5:0] conv_s2s_5_6 ;
    input signed [4:0]  vector ;
  begin
    conv_s2s_5_6 = {vector[4], vector};
  end
  endfunction


  function signed [5:0] conv_s2s_4_6 ;
    input signed [3:0]  vector ;
  begin
    conv_s2s_4_6 = {{2{vector[3]}}, vector};
  end
  endfunction


  function signed [4:0] conv_u2s_4_5 ;
    input [3:0]  vector ;
  begin
    conv_u2s_4_5 = {1'b0, vector};
  end
  endfunction


  function signed [6:0] conv_u2s_5_7 ;
    input [4:0]  vector ;
  begin
    conv_u2s_5_7 = {{2{1'b0}}, vector};
  end
  endfunction


  function  [3:0] conv_u2u_3_4 ;
    input [2:0]  vector ;
  begin
    conv_u2u_3_4 = {1'b0, vector};
  end
  endfunction


  function  [3:0] conv_u2u_2_4 ;
    input [1:0]  vector ;
  begin
    conv_u2u_2_4 = {{2{1'b0}}, vector};
  end
  endfunction


  function  [11:0] conv_s2u_11_12 ;
    input signed [10:0]  vector ;
  begin
    conv_s2u_11_12 = {vector[10], vector};
  end
  endfunction


  function signed [12:0] conv_u2s_11_13 ;
    input [10:0]  vector ;
  begin
    conv_u2s_11_13 = {{2{1'b0}}, vector};
  end
  endfunction


  function signed [11:0] conv_u2s_22_12 ;
    input [21:0]  vector ;
  begin
    conv_u2s_22_12 = vector[11:0];
  end
  endfunction


  function  [10:0] conv_u2u_2_11 ;
    input [1:0]  vector ;
  begin
    conv_u2u_2_11 = {{9{1'b0}}, vector};
  end
  endfunction


  function signed [11:0] conv_s2s_10_12 ;
    input signed [9:0]  vector ;
  begin
    conv_s2s_10_12 = {{2{vector[9]}}, vector};
  end
  endfunction


  function signed [10:0] conv_u2s_9_11 ;
    input [8:0]  vector ;
  begin
    conv_u2s_9_11 = {{2{1'b0}}, vector};
  end
  endfunction


  function signed [9:0] conv_u2s_18_10 ;
    input [17:0]  vector ;
  begin
    conv_u2s_18_10 = vector[9:0];
  end
  endfunction


  function  [8:0] conv_u2u_3_9 ;
    input [2:0]  vector ;
  begin
    conv_u2u_3_9 = {{6{1'b0}}, vector};
  end
  endfunction


  function signed [9:0] conv_s2s_8_10 ;
    input signed [7:0]  vector ;
  begin
    conv_s2s_8_10 = {{2{vector[7]}}, vector};
  end
  endfunction


  function signed [7:0] conv_u2s_6_8 ;
    input [5:0]  vector ;
  begin
    conv_u2s_6_8 = {{2{1'b0}}, vector};
  end
  endfunction


  function signed [7:0] conv_s2s_5_8 ;
    input signed [4:0]  vector ;
  begin
    conv_s2s_5_8 = {{3{vector[4]}}, vector};
  end
  endfunction


  function  [4:0] conv_u2u_4_5 ;
    input [3:0]  vector ;
  begin
    conv_u2u_4_5 = {1'b0, vector};
  end
  endfunction


  function  [4:0] conv_u2u_3_5 ;
    input [2:0]  vector ;
  begin
    conv_u2u_3_5 = {{2{1'b0}}, vector};
  end
  endfunction


  function  [5:0] conv_u2u_5_6 ;
    input [4:0]  vector ;
  begin
    conv_u2u_5_6 = {1'b0, vector};
  end
  endfunction


  function  [5:0] conv_u2u_4_6 ;
    input [3:0]  vector ;
  begin
    conv_u2u_4_6 = {{2{1'b0}}, vector};
  end
  endfunction


  function  [9:0] conv_u2u_20_10 ;
    input [19:0]  vector ;
  begin
    conv_u2u_20_10 = vector[9:0];
  end
  endfunction


  function  [9:0] conv_u2u_2_10 ;
    input [1:0]  vector ;
  begin
    conv_u2u_2_10 = {{8{1'b0}}, vector};
  end
  endfunction


  function  [9:0] conv_u2u_9_10 ;
    input [8:0]  vector ;
  begin
    conv_u2u_9_10 = {1'b0, vector};
  end
  endfunction


  function  [8:0] conv_u2u_18_9 ;
    input [17:0]  vector ;
  begin
    conv_u2u_18_9 = vector[8:0];
  end
  endfunction


  function signed [9:0] conv_u2s_9_10 ;
    input [8:0]  vector ;
  begin
    conv_u2s_9_10 = {1'b0, vector};
  end
  endfunction


  function  [4:0] conv_s2u_4_5 ;
    input signed [3:0]  vector ;
  begin
    conv_s2u_4_5 = {vector[3], vector};
  end
  endfunction

endmodule

// ------------------------------------------------------------------
//  Design Unit:    sobel
//  Generated from file(s):
//    7) $PROJECT_HOME/sobel.cpp
// ------------------------------------------------------------------


module sobel (
  vin_rsc_z, vout_rsc_z, clk, en, arst_n
);
  input [89:0] vin_rsc_z;
  output [29:0] vout_rsc_z;
  input clk;
  input en;
  input arst_n;


  // Interconnect Declarations
  wire [89:0] vin_rsc_mgc_in_wire_d;
  wire [29:0] vout_rsc_mgc_out_stdreg_d;


  // Interconnect Declarations for Component Instantiations 
  mgc_in_wire #(.rscid(1),
  .width(90)) vin_rsc_mgc_in_wire (
      .d(vin_rsc_mgc_in_wire_d),
      .z(vin_rsc_z)
    );
  mgc_out_stdreg #(.rscid(2),
  .width(30)) vout_rsc_mgc_out_stdreg (
      .d(vout_rsc_mgc_out_stdreg_d),
      .z(vout_rsc_z)
    );
  sobel_core sobel_core_inst (
      .clk(clk),
      .en(en),
      .arst_n(arst_n),
      .vin_rsc_mgc_in_wire_d(vin_rsc_mgc_in_wire_d),
      .vout_rsc_mgc_out_stdreg_d(vout_rsc_mgc_out_stdreg_d)
    );
endmodule